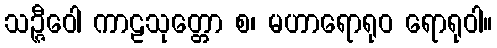
သဉ္ဇီဝေါ ကာဠသုတ္တော စ၊ မဟာရောရုဝ ရောရုဝါ။